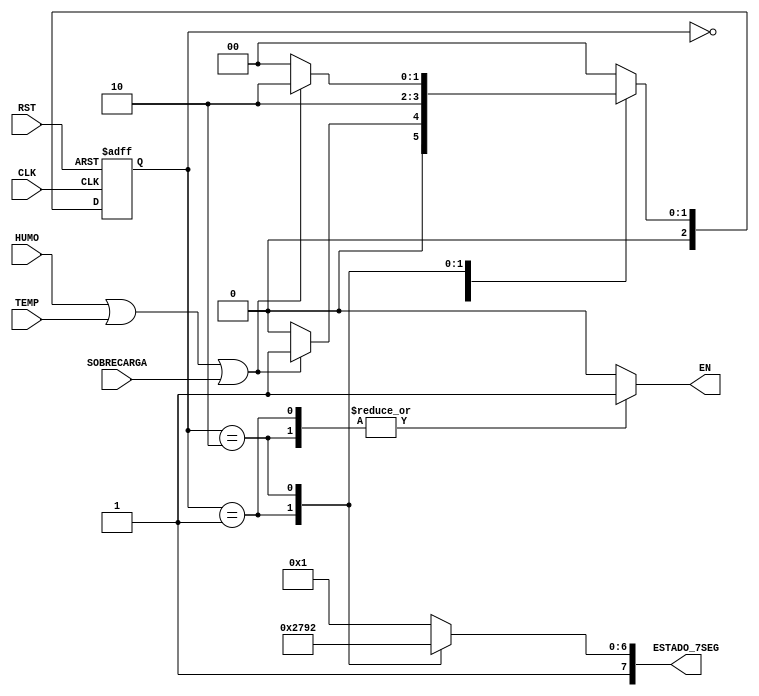
`timescale 1ns / 1ps
//////////////////////////////////////////////////////////////////////////////////
// Company: 
// Engineer: 
// 
// Design Name: 
// Module Name:    Maquina_de_estados 
// Project Name: 
// Target Devices: 
// Tool versions: 
// Description: 
//
// Dependencies: 
//
// Revision: 
// Revision 0.01 - File Created
// Additional Comments: 
//
//////////////////////////////////////////////////////////////////////////////////
module Maquina_de_estados(
    input wire CLK,RST,
	 input wire HUMO,TEMP,SOBRECARGA,
	 output reg [7:0]ESTADO_7SEG,
	 output reg EN
    );
	 
wire a;

or Bandera(a,HUMO,TEMP,SOBRECARGA);
	 
//asignaciones de estados 
localparam [1:0]
        INICIO=2'b00,
		  ACT_FF=2'b01,
		  FINAL=2'b10;
		  
reg[2:0] ESTADO_PRESENTE,ESTADO_PROXIMO;

//parte secuecial de la maquina

always@(posedge CLK ,posedge RST)
begin
     if(RST)
	        ESTADO_PRESENTE<=INICIO;
	  else 
	        ESTADO_PRESENTE<=ESTADO_PROXIMO;
end

//Parte combinacion de Cambio de estado 

always@*

	case(ESTADO_PRESENTE)
	
		INICIO:
			if(a)
				ESTADO_PROXIMO=ACT_FF;
				
			else
				ESTADO_PROXIMO=INICIO;
		
		ACT_FF:
			
			ESTADO_PROXIMO=FINAL;
			
		FINAL:
		
			if(~a)
				ESTADO_PROXIMO=INICIO;
				
			else 
				ESTADO_PROXIMO=FINAL;
				
		default:
			ESTADO_PROXIMO=INICIO;
			
	endcase
	
	
///Asignacin de salidas


always@(ESTADO_PRESENTE)

		case(ESTADO_PRESENTE)
		
			INICIO:
				begin
				
				EN=1'b0;
				
				ESTADO_7SEG=8'b10000001;
				
				end
			
			ACT_FF:
			
				begin
			
				EN=1'b1;
			
				ESTADO_7SEG=8'b11001111;
					
				end
			
			FINAL:
			
				begin
				
				EN=1'b1;
				
				ESTADO_7SEG=8'b10010010;
				
				end
				
			default:
			
				begin
			
				EN=1'b0;
				
				ESTADO_7SEG=8'b10000001;
				
				end
			endcase

endmodule